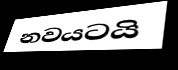
නවයටයි